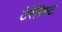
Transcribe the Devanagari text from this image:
टेरेरिस्ट